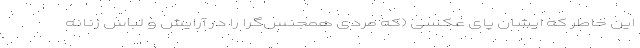
این خاطر که ایشان پای عکسی (که مردی همجنس‌گرا را در آرایش و لباس زنانه